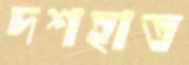
দশহাত